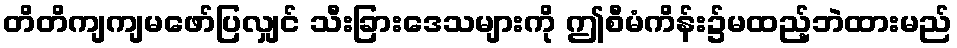
တိတိကျကျမဖော်ပြလျှင် သီးခြားဒေသများကို ဤစီမံကိန်း၌မထည့်ဘဲထားမည်